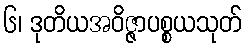
၆၊ ဒုတိယအဝိဇ္ဇာပစ္စယသုတ်